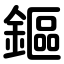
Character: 鏂